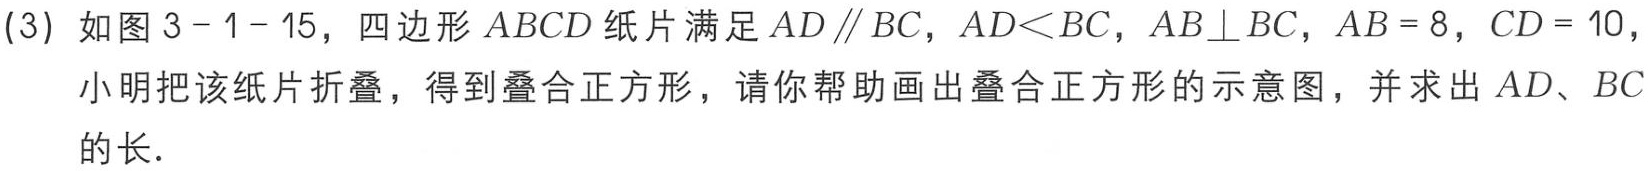
(3) 如图 3 - 1 - 15，四边形 \(ABCD\) 纸片满足 \(AD\parallel BC\)，\(AD<BC\)，\(AB\perp BC\)，\(AB = 8\)，\(CD = 10\)，

小明把该纸片折叠，得到叠合正方形，请你帮助画出叠合正方形的示意图，并求出 \(AD\)、\(BC\)的长．